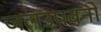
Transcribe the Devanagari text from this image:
जलउपवनों